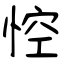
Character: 悾